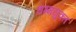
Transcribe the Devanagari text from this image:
धम्मयुक्त